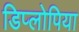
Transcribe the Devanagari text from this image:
डिप्लोपिया